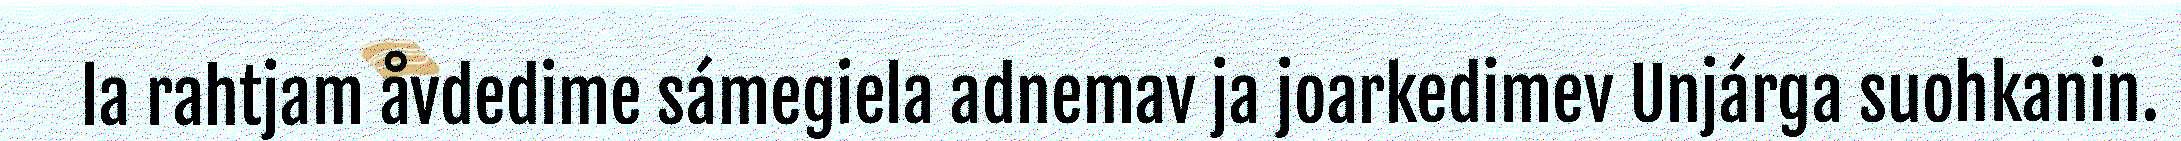
la rahtjam åvdedime sámegiela adnemav ja joarkedimev Unjárga suohkanin.